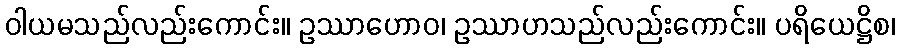
ဝါယမသည်လည်းကောင်း။ ဥဿာဟောဝ၊ ဥဿာဟသည်လည်းကောင်း။ ပရိယေဋ္ဌိစ၊